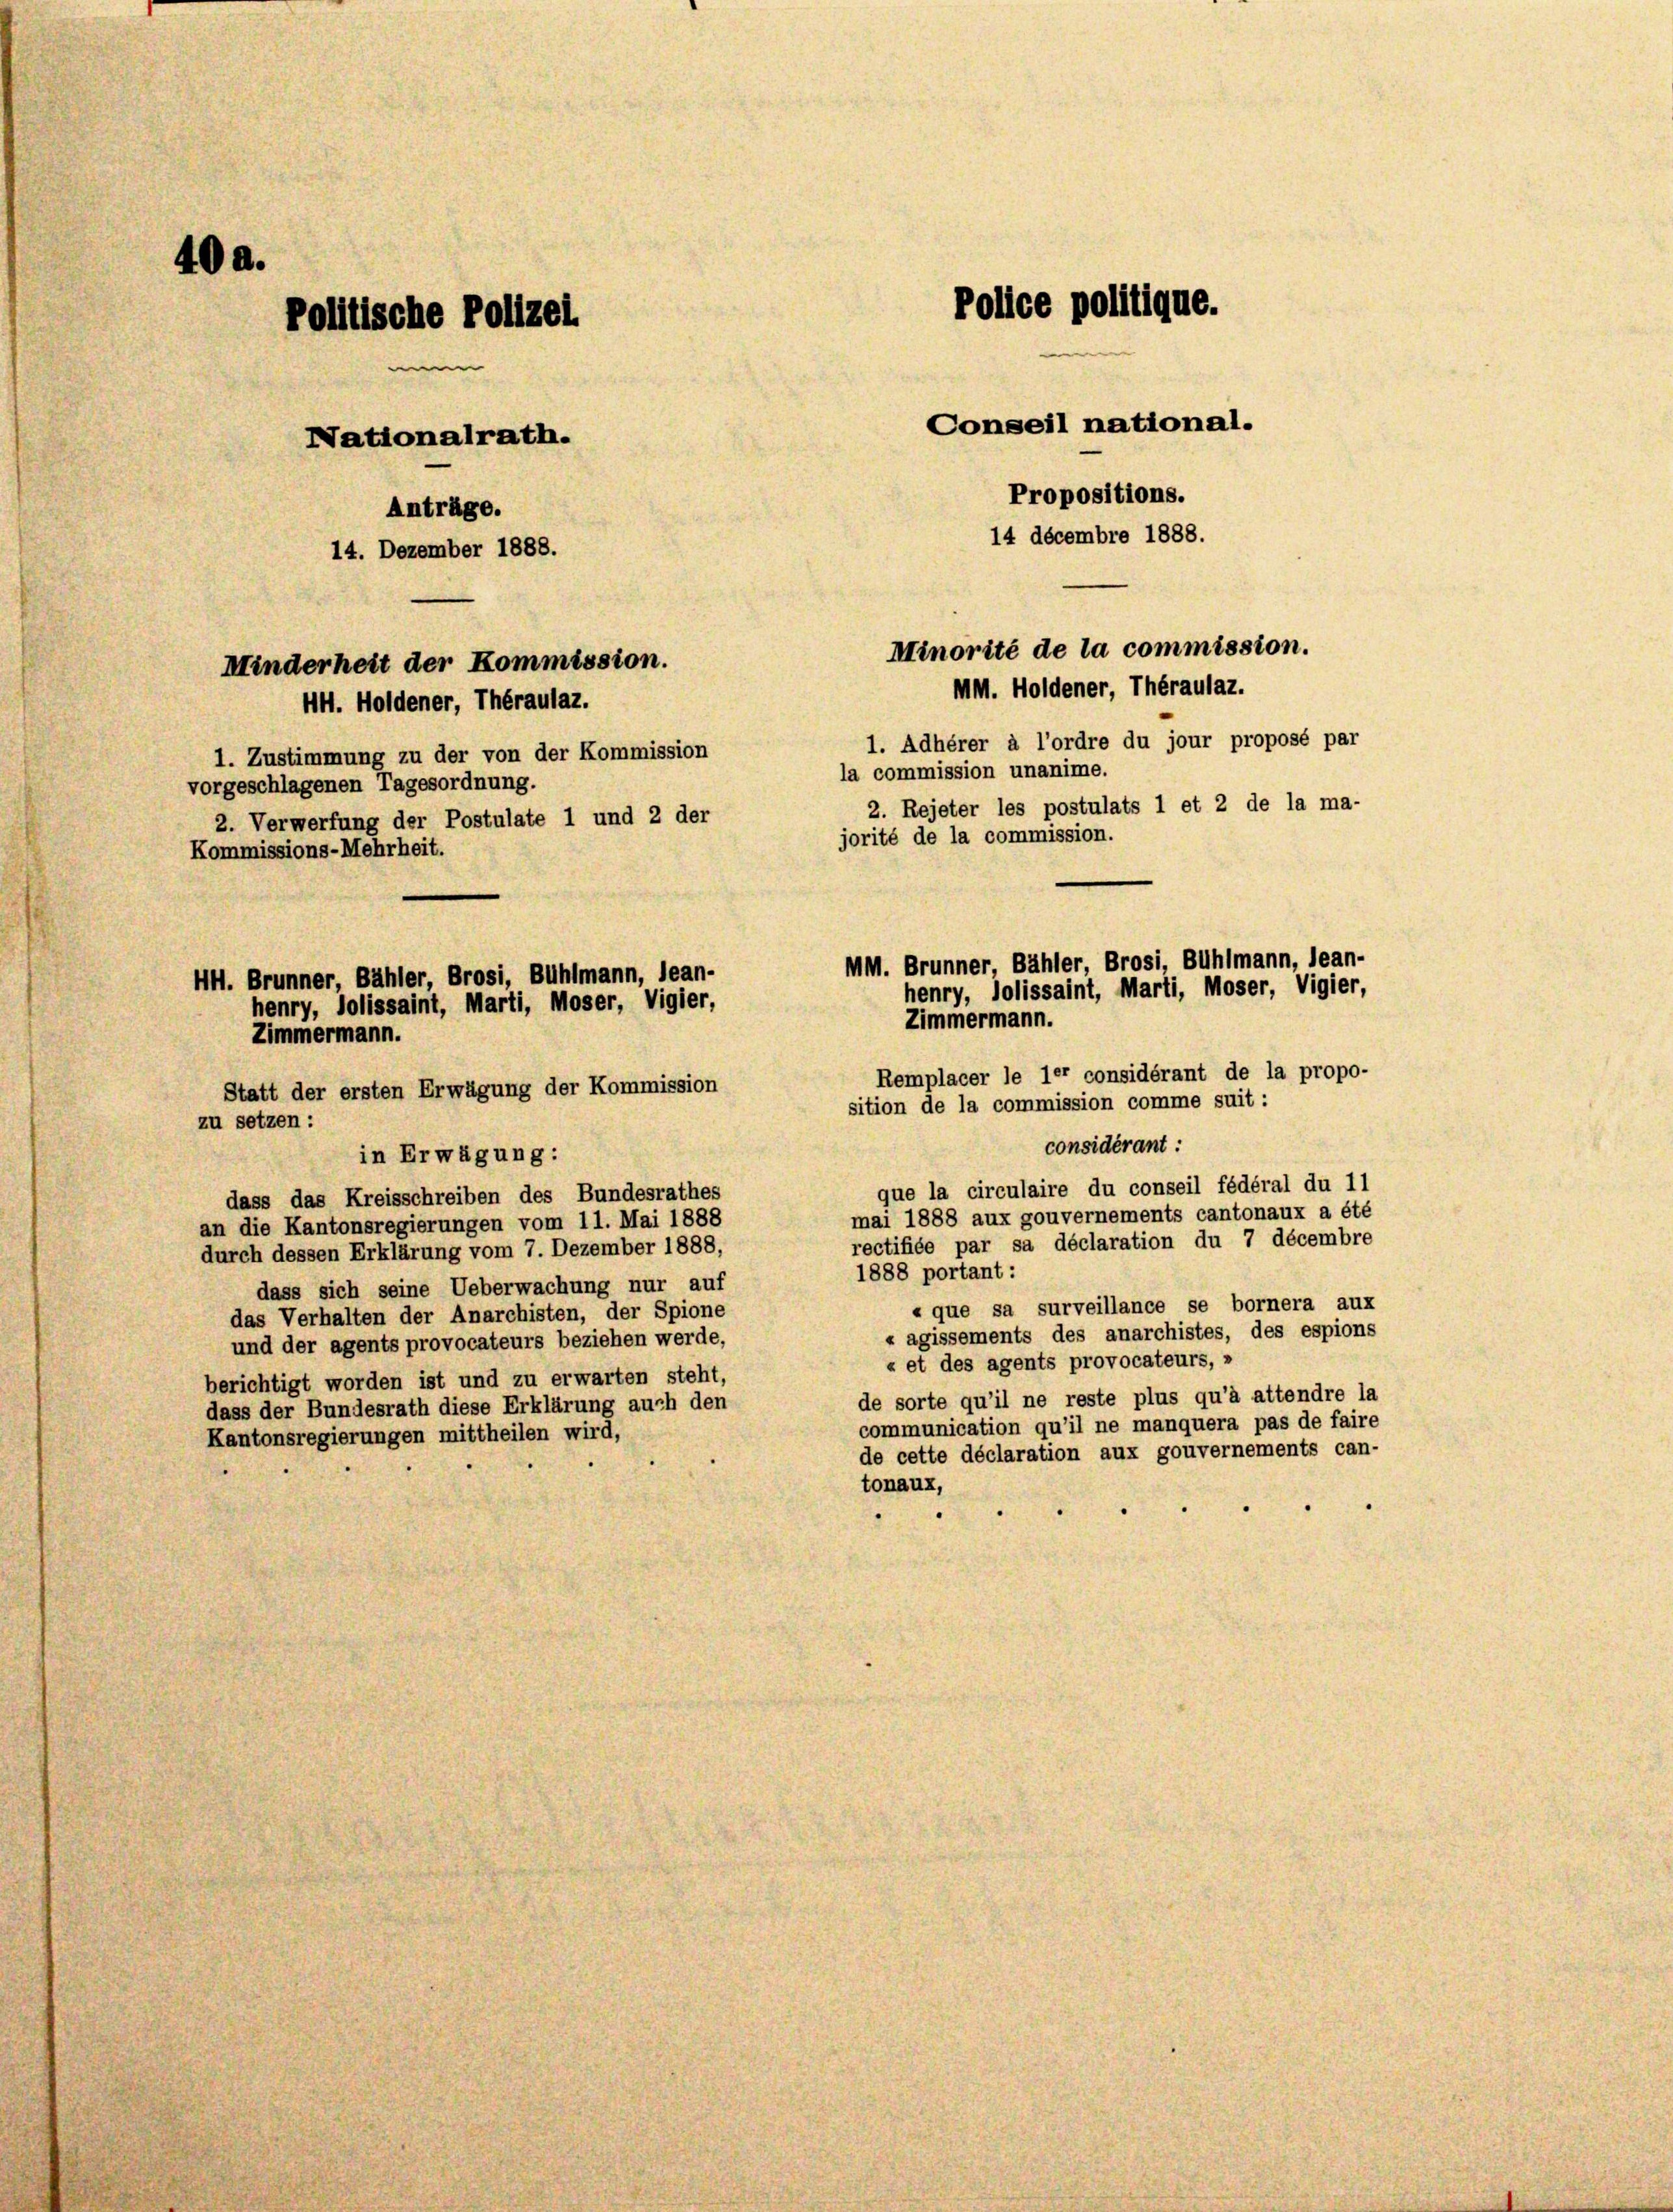
40 a.
Police politique.
Politische Polizei
Conseil national.
Nationalrath.
Propositions.
Anträge.
14 décembre 1888.
14. Dezember 1888.
Minorité de la commission.
Minderheit der Kommission.
MM. Holdener, Théraulaz.
HH. Holdener, Théraulaz.
1. Adhérer à l’ordre du jour proposé par
1. Zustimmung zu der von der Kommission
la commission unanime.
vorgeschlagenen Tagesordnung.
2. Rejeter les postulats 1 et 2 de la ma-
2. Verwerfung der Postulate 1 und 2 der
jorité de la commission.
Kommissions-Mehrheit.
MM. Brunner, Bähler, Brosi, Bühlmann, lean-
HH. Brunner, Bähler, Brosi, Bühlmann, lean-
henry, lolissaint, Marti, Moser, Vigier,
henry, lolissaint, Marti, Moser, Vigler,
Zimmermann.
Zimmermann.
Remplacer le 1er considérant de la propo-

Statt der ersten Erwägung der Kommission
sition de la commission comme suit:
zu setzen:
considérant:
in Erwägung:
que la circulaire du conseil fédéral du 11
dass das Kreisschreiben des Bundesrathes
mai 1888 aux gouvernements cantonaux a été
an die Kantonsregierungen vom 11. Mai 1888
rectifiée par sa déclaration du 7 décembre
durch dessen Erklärung vom 7. Dezember 1888,
1888 portant:
dass sich seine Ueberwachung nur auf
« que sa surveillance se bornera aux
das Verhalten der Anarchisten, der Spione
« agissements des anarchistes, des espions
und der agents provocateurs beziehen werde,
« et des agents provocateurs, »
berichtigt worden ist und zu erwarten steht,
de sorte qu’il ne reste plus qu’à attendre la
dass der Bundesrath diese Erklärung auch den
communication qu’il ne manquera pas de faire
Kantonsregierungen mittheilen wird,
de cette déclaration aux gouvernements can-
tonaux,